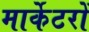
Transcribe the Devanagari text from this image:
मार्केटरों